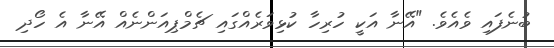
ބުނެފައި ވެއެވެ. "އޭނާ އަކީ ހުރިހާ ކުޅިވަރެއްގައި ޗެމްޕިއަންނެއް އޭނާ އެ ހޯދި